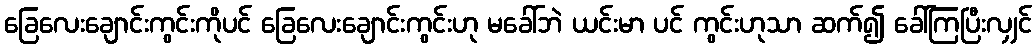
ခြေလေးချောင်းကွင်းကိုပင် ခြေလေးချောင်းကွင်းဟု မခေါ်ဘဲ ယင်းမာ ပင် ကွင်းဟုသာ ဆက်၍ ခေါ်ကြပြီးလျှင်